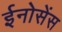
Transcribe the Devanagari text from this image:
ईनोसेंस